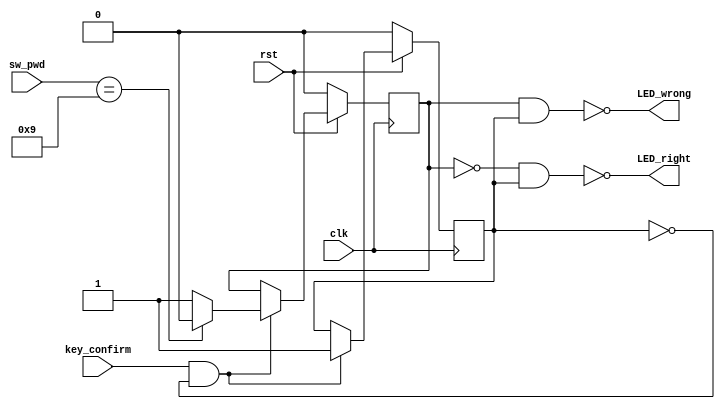
module pwd (rst,sw_pwd,LED_right,LED_wrong,clk,key_confirm);
 
	input rst;
	input [3:0] sw_pwd;
	input key_confirm;
	input clk;
	output LED_right;
	output LED_wrong;
 
	parameter password = 4'b1001;
 
	reg alert;
	reg key_pressed;
 
	always@(posedge clk)
	begin
		if(!rst)
		begin
			alert<=1'b0;
			key_pressed<=1'b0;
		end
		else if(key_confirm && ~key_pressed)
		begin
			key_pressed<=1'b1;
			if(sw_pwd==password)
				alert<=1'b0;
			else
				alert<=1'b1;
		end
	end
 
		assign LED_wrong=~(alert&key_pressed);
		assign LED_right=~((~alert)&key_pressed);
 
endmodule